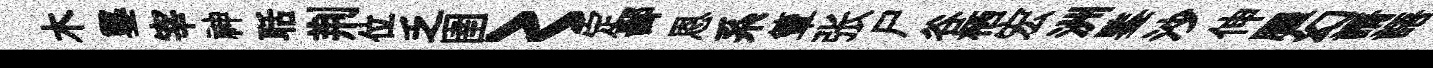
木鑿宰神聒荆位乏圉〻定鄙恩系簟张尸谷栖宏洲鍳沙伸臞幻諝語